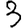
Digit: 3